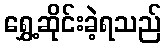
ရွှေ့ဆိုင်းခဲ့ရသည်